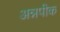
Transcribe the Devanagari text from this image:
अन्नपीक